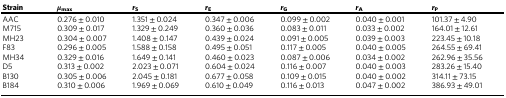
<table><thead><tr><td><b>Strain</b></td><td><b><i>μ</i><sub>max</sub></b></td><td><b><i>r</i><sub>S</sub></b></td><td><b><i>r</i><sub>E</sub></b></td><td><b><i>r</i><sub>G</sub></b></td><td><b><i>r</i><sub>A</sub></b></td><td><b><i>r</i><sub>P</sub></b></td></tr></thead><tbody><tr><td>AAC</td><td>0.276 ± 0.010</td><td>1.351 ± 0.024</td><td>0.347 ± 0.006</td><td>0.099 ± 0.002</td><td>0.040 ± 0.001</td><td>101.37 ± 4.90</td></tr><tr><td>M715</td><td>0.309 ± 0.017</td><td>1.329 ± 0.249</td><td>0.360 ± 0.036</td><td>0.083 ± 0.011</td><td>0.033 ± 0.002</td><td>164.01 ± 12.61</td></tr><tr><td>MH23</td><td>0.304 ± 0.007</td><td>1.408 ± 0.147</td><td>0.439 ± 0.024</td><td>0.091 ± 0.005</td><td>0.039 ± 0.003</td><td>223.45 ± 10.18</td></tr><tr><td>F83</td><td>0.296 ± 0.005</td><td>1.588 ± 0.158</td><td>0.495 ± 0.051</td><td>0.117 ± 0.005</td><td>0.040 ± 0.005</td><td>264.55 ± 69.41</td></tr><tr><td>MH34</td><td>0.329 ± 0.016</td><td>1.649 ± 0.141</td><td>0.460 ± 0.023</td><td>0.087 ± 0.006</td><td>0.034 ± 0.002</td><td>262.96 ± 35.56</td></tr><tr><td>D5</td><td>0.313 ± 0.002</td><td>2.023 ± 0.071</td><td>0.604 ± 0.024</td><td>0.116 ± 0.007</td><td>0.040 ± 0.003</td><td>283.26 ± 15.40</td></tr><tr><td>B130</td><td>0.305 ± 0.006</td><td>2.045 ± 0.181</td><td>0.677 ± 0.058</td><td>0.109 ± 0.015</td><td>0.040 ± 0.002</td><td>314.11 ± 73.15</td></tr><tr><td>B184</td><td>0.310 ± 0.006</td><td>1.969 ± 0.069</td><td>0.610 ± 0.049</td><td>0.116 ± 0.013</td><td>0.047 ± 0.002</td><td>386.93 ± 49.01</td></tr></tbody></table>